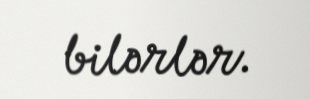
bilərlər.